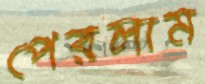
পেরলাম